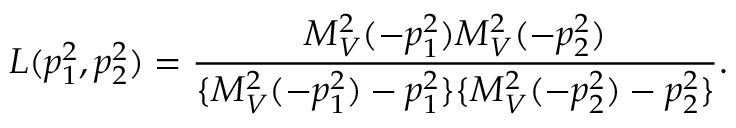
L ( p _ { 1 } ^ { 2 } , p _ { 2 } ^ { 2 } ) = \frac { M _ { V } ^ { 2 } ( - p _ { 1 } ^ { 2 } ) M _ { V } ^ { 2 } ( - p _ { 2 } ^ { 2 } ) } { \{ M _ { V } ^ { 2 } ( - p _ { 1 } ^ { 2 } ) - p _ { 1 } ^ { 2 } \} \{ M _ { V } ^ { 2 } ( - p _ { 2 } ^ { 2 } ) - p _ { 2 } ^ { 2 } \} } .